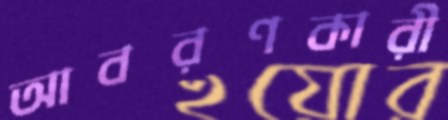
আবরণকারী